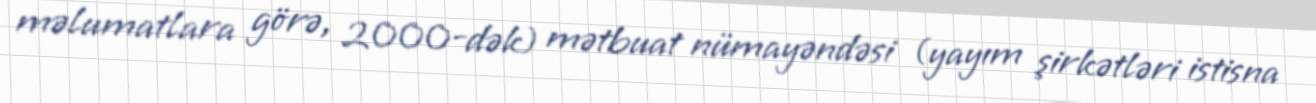
məlumatlara görə, 2000-dək) mətbuat nümayəndəsi (yayım şirkətləri istisna